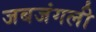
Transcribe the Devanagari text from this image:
जबजंगली